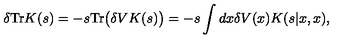
\delta \mathrm { T r } K ( s ) = - s \mathrm { T r } \big ( \delta V K ( s ) \big ) = - s \int d x \delta V ( x ) K ( s | x , x ) ,